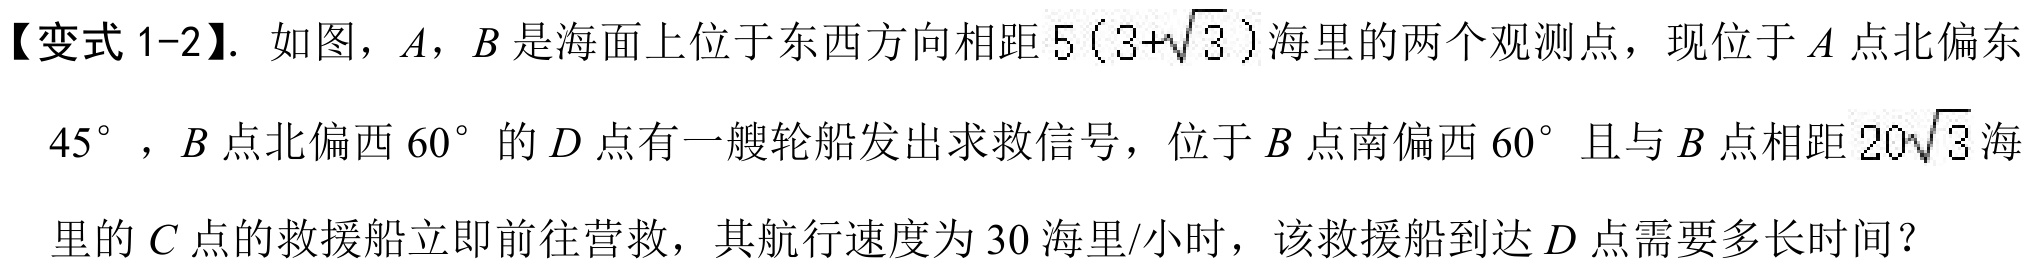
【变式1-2】. 如图，$A$，$B$是海面上位于东西方向相距$5(3 + \sqrt{3})$海里的两个观测点，现位于$A$点北偏东$45^{\circ}$，$B$点北偏西$60^{\circ}$的$D$点有一艘轮船发出求救信号，位于$B$点南偏西$60^{\circ}$且与$B$点相距$20\sqrt{3}$海里的$C$点的救援船立即前往营救，其航行速度为$30$海里/小时，该救援船到达$D$点需要多长时间？